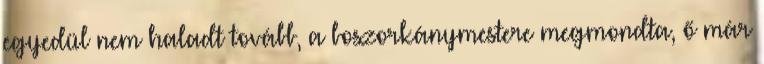
egyedül nem haladt tovább, a boszorkánymestere megmondta, ő már